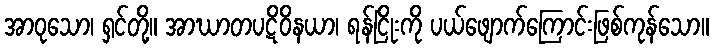
အာဝုသော၊ ရှင်တို့။ အာဃာတပဋိဝိနယာ၊ ရန်ငြိုးကို ပယ်ဖျောက်ကြောင်းဖြစ်ကုန်သော။